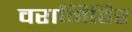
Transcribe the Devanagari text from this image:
वरामिहिर